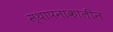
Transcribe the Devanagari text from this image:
स्थापनाकालीन